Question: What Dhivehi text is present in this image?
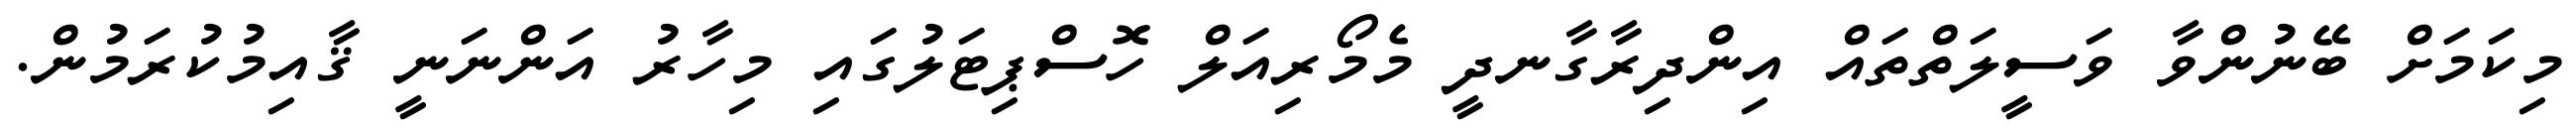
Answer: މިކަމަށް ބޭނުންވާ ވަސީލަތްތައް އިންދިރާގާނދީ މެމޯރިއަލް ހޮސްޕިޓަލުގައި މިހާރު އަންނަނީ ޤާއިމުކުރަމުން.